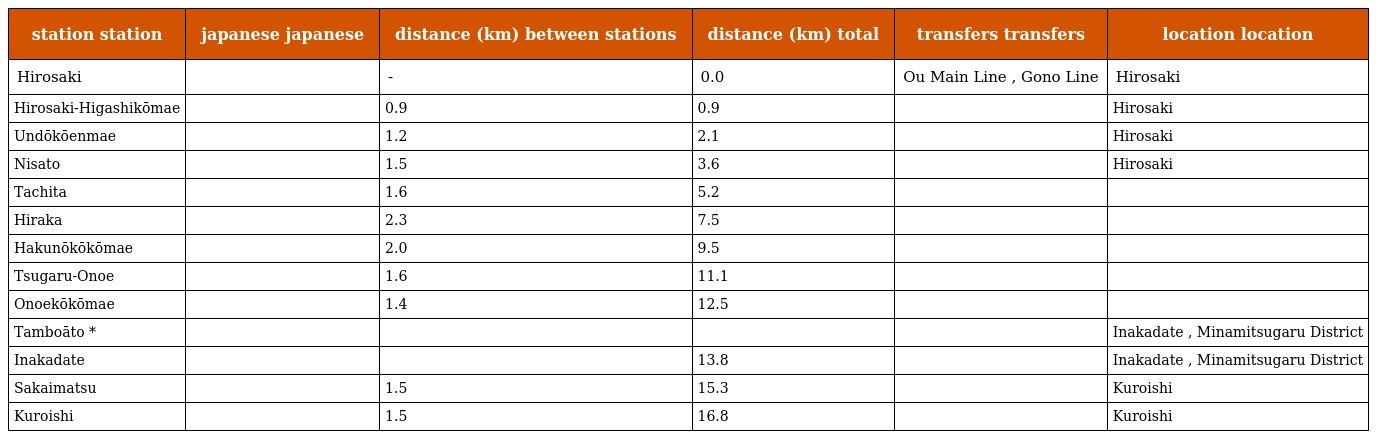
| station station | japanese japanese | distance (km) between stations | distance (km) total | transfers transfers | location location |
 | --- | --- | --- | --- | --- | --- |
 | Hirosaki | 弘前 | - | 0.0 | Ou Main Line , Gono Line | Hirosaki |
 | Hirosaki-Higashikōmae | 弘前東高前 | 0.9 | 0.9 |  | Hirosaki |
 | Undōkōenmae | 運動公園前 | 1.2 | 2.1 |  | Hirosaki |
 | Nisato | 新里 | 1.5 | 3.6 |  | Hirosaki |
 | Tachita | 館田 | 1.6 | 5.2 |  |  |
 | Hiraka | 平賀 | 2.3 | 7.5 |  |  |
 | Hakunōkōkōmae | 柏農高校前 | 2.0 | 9.5 |  |  |
 | Tsugaru-Onoe | 津軽尾上 | 1.6 | 11.1 |  |  |
 | Onoekōkōmae | 尾上高校前 | 1.4 | 12.5 |  |  |
 | Tamboāto * | 田んぼアート |  |  |  | Inakadate , Minamitsugaru District |
 | Inakadate | 田舎館 |  | 13.8 |  | Inakadate , Minamitsugaru District |
 | Sakaimatsu | 境松 | 1.5 | 15.3 |  | Kuroishi |
 | Kuroishi | 黒石 | 1.5 | 16.8 |  | Kuroishi |